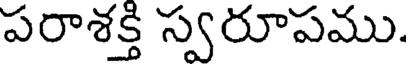
పరాశక్తి స్వరూపము.